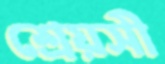
শ্রেয়সী